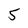
Character: 5